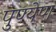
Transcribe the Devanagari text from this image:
पुण्येण